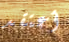
أعتقد